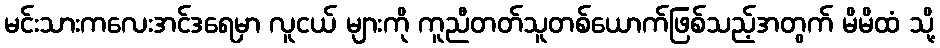
မင်းသားကလေးအင်ဒရေမှာ လူငယ် များကို ကူညီတတ်သူတစ်ယောက်ဖြစ်သည့်အတွက် မိမိထံ သို့